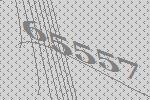
65557